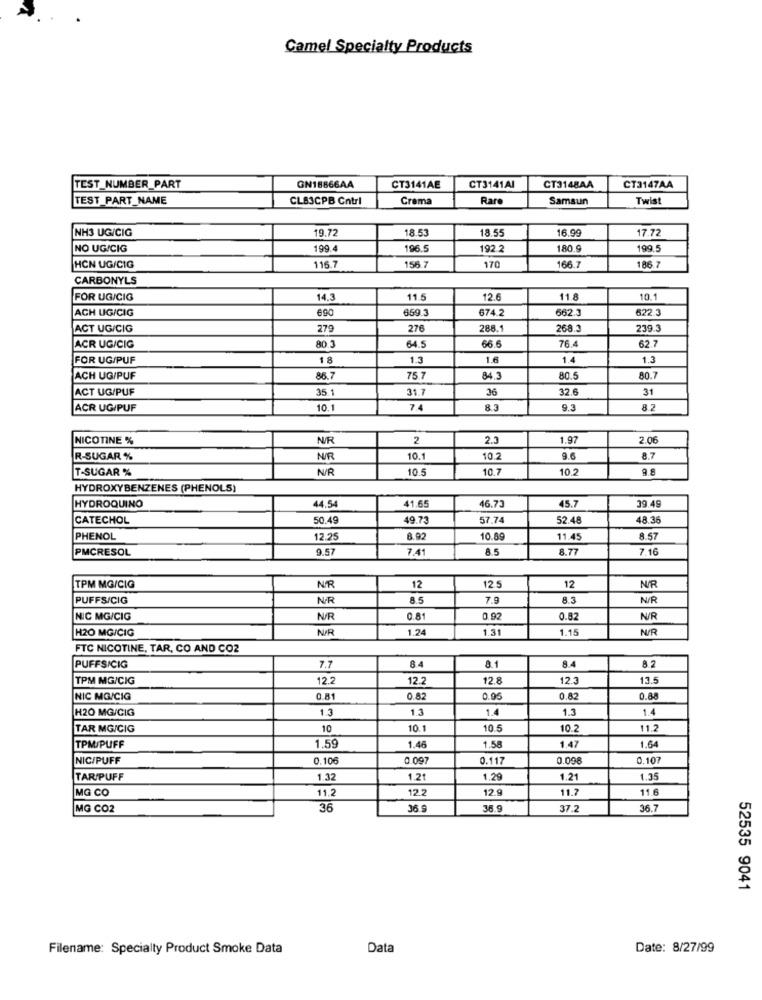
Camel Specialty Products
TEST_NUMBER_PART
GN18866AA
CT3141AE
CT3141AI
CT3148AA
CT3147AA
TEST PART_NAME
CLS3CPB Cntrl
Crema
Rare
Samsun
Twist
NH3 UG/CIG
19.72
18.53
18.55
16.99
17.72
NO UG/CIG
199.4
196.5
192.2
180.9
199.5
HCN UG/CIG
116.7
156.7
170
166.7
186.7
CARBONYLS
FOR UG/CIG
14.3
11.5
12.6
11.8
10.1
ACH UG/CIG
690
659.3
674.2
662.3
622.3
ACT UG/CIG
279
276
288.1
268.3
239.3
66.6
76.4
62.7
ACR UG/CIG
80.3
64.5
FOR UG/PUF
18
1.3
1.6
1.4
1.3
ACH UG/PUF
86.7
75.7
84.3
80.5
80.7
ACT UG/PUF
35.1
31.7
36
32.6
31
ACR UG/PUF
10.1
7.4
8.3
9.3
8.2
NICOTINE %
NIR
2
2.3
1.97
2.06
R-SUGAR %
NUR
10.1
10.2
9.6
8.7
T-SUGAR %
N/R
10.5
10.7
10.2
9.8
HYDROXYBENZENES (PHENOLS)
44.54
45.7
39.49
HYDROQUINO
41.6
46.73
CATECHOL
50.49
49.7
57.74
52.48
48.36
PHENOL
12.25
8.92
10.89
11.45
8.57
PMCRESOL
9.57
7.41
8.5
8.77
7.16
N/R
TPM MG/CIG
NR
12
12.5
12
PUFFS/CIG
NÆR
8.5
7.9
8.3
N/R
NIC MG/CIG
N/R
0.81
0.92
0.82
N/R
H2O MG/CIG
N/R
1.24
1.31
1.15
N/R
FTC NICOTINE, TAR, CO AND CO2
7.7
84
8.1
8.2
PUFFS/CIG
8.4
TPM MG/CIG
12.2
12.2
12.8
123
13.5
NIC MG/CIG
0.81
0.82
0.95
0.82
0.88
H20 MG/CIG
1.3
13
1.4
1.3
1.4
TAR MG/CIG
10
10.1
10.5
10.2
11.2
1.59
1.64
TPM/PUFF
1.46
1.58
1,47
NIC/PUFF
0.106
0.097
0.117
0.098
0.107
TAR/PUFF
1.32
1.2t
1.29
1.21
1.35
MG CO
11.2
12.2
12.9
11.7
11.6
MG CO2
36
36 9
36.9
37.2
36.7
52535 9041
Filename: Specialty Product Smoke Data
Data
Date: 8/27/99